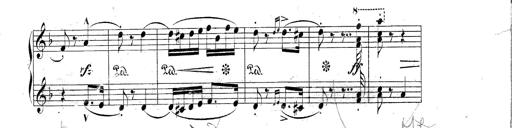
Title: Hungarian Rhapsody No.2
Composer: Franz Liszt
Key: C-sharp minor